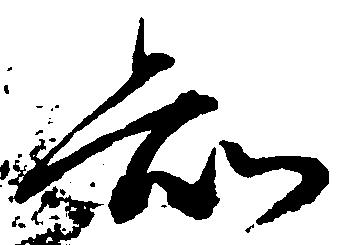
知